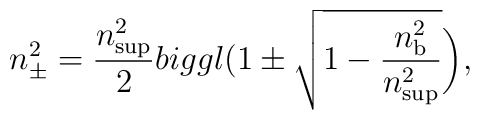
n_{\pm }^2=\frac{n_{\rm sup}^2}{2}\\biggl(1\pm \sqrt{1-\frac{n_{\rm b}^2}{n_{\rm sup}^2}}\biggr),